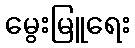
မွေးမြူရေး